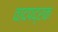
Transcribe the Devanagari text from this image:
वादपद्रक